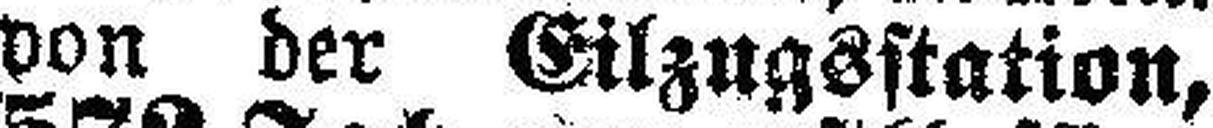
von der Eilzugsstation,